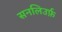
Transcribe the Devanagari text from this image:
सनलिउर्फ़